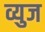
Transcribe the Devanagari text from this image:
व्युज